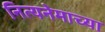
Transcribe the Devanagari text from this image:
नित्यनेमाच्या